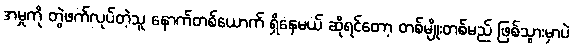
အမှုကို တွဲဖက်လုပ်တဲ့သူ နောက်တစ်ယောက် ရှိနေမယ် ဆိုရင်တော့ တစ်မျိုးတစ်မည် ဖြစ်သွားမှာပဲ